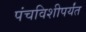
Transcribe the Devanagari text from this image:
पंचविशीपर्यंत